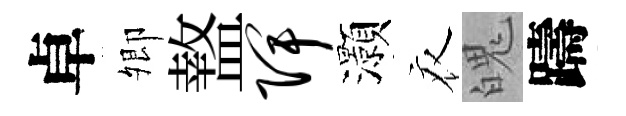
卓𡖖盩陴灝衣魄躊